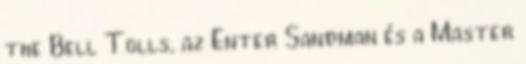
the Bell Tolls, az Enter Sandman és a Master